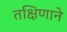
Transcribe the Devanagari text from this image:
तक्षिणाने